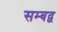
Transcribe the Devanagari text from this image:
सम्‍बद्व